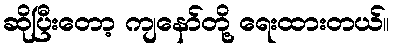
ဆိုပြီးတော့ ကျနော်တို့ ရေးထားတယ်။